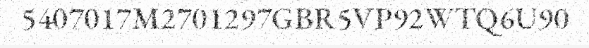
5407017M2701297GBR5VP92WTQ6U90